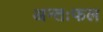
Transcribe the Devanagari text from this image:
अन्तःफल